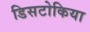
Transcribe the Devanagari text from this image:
डिसटोकिया